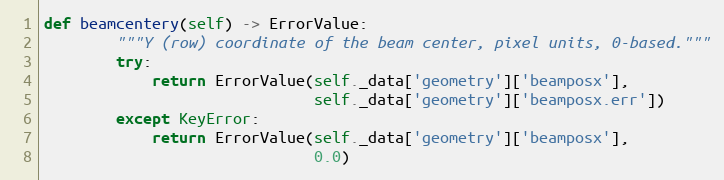
Language: Python
def beamcentery(self) -> ErrorValue:
        """Y (row) coordinate of the beam center, pixel units, 0-based."""
        try:
            return ErrorValue(self._data['geometry']['beamposx'],
                              self._data['geometry']['beamposx.err'])
        except KeyError:
            return ErrorValue(self._data['geometry']['beamposx'],
                              0.0)